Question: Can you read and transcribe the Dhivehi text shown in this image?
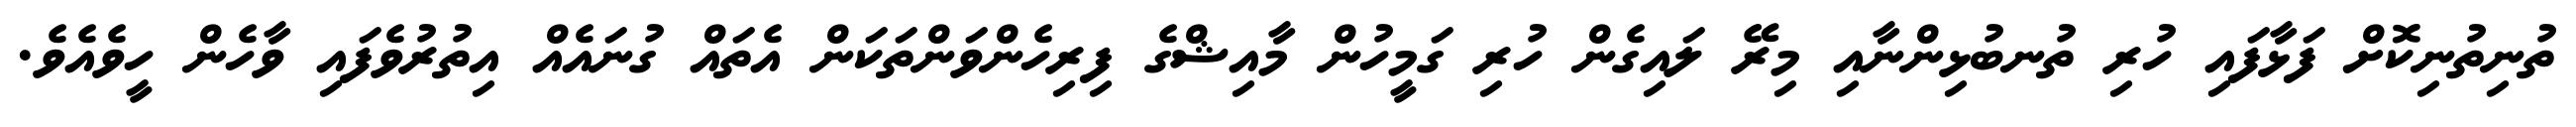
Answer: ތުނިތުނިކޮށް ފަޅާފައި ހުރި ތުނބުޅިންނާއި މިރޭ ލައިގެން ހުރި ގަމީހުން މާއިޝްގެ ފިރިހެންވަންތަކަން އެތައް ގުނައެއް އިތުރުވެފައި ވާހެން ހީވެއެވެ.